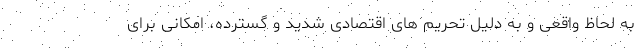
به لحاظ واقعی و به دلیل تحریم های اقتصادی شدید و گسترده، امکانی برای